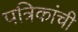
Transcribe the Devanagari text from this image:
पत्रिकांची